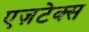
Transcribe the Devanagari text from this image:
एज़टेक्स